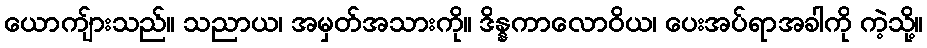
ယောကျ်ားသည်။ သညာယ၊ အမှတ်အသားကို။ ဒိန္နကာလောဝိယ၊ ပေးအပ်ရာအခါကို ကဲ့သို့။